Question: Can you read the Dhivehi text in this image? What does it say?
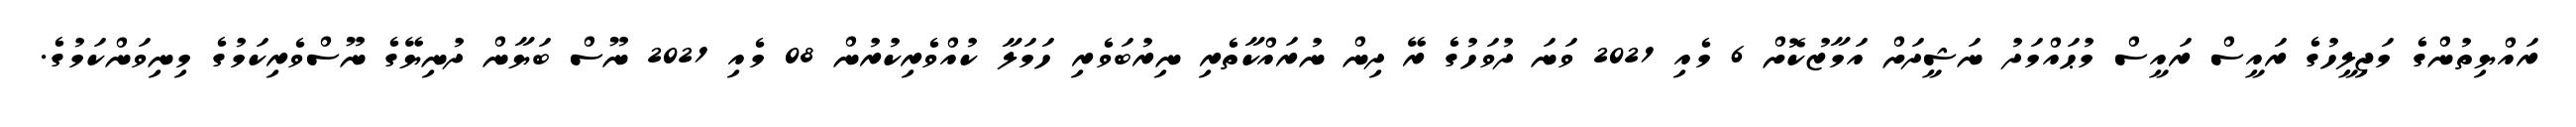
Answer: ރައްޔިތުންގެ މަޖިލީހުގެ ރައީސް ރައީސް މުޙައްމަދު ނަޝީދަށް އަމާޒުކޮށް 6 މެއި 2021 ވަނަ ދުވަހުގެ ރޭ ދިން ނުރައްކާތެރި ނިރުބަވެރި ހަމަލާ ކުއްވެރިކުރުން 08 މެއި 2021 ނޫސް ބަޔާން ދުނިޔޭގެ ނޫސްވެރިކަމުގެ މިނިވަންކަމުގެ.